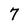
Character: 7